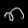
Digit: ၈